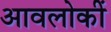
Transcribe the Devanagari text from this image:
आवलोकीं